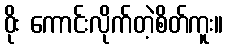
ဝိုး ကောင်းလိုက်တဲ့စိတ်ကူး။